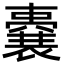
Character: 嚢